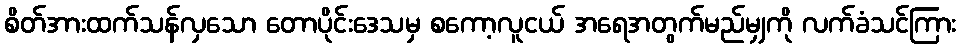
စိတ်အားထက်သန်လှသော တောပိုင်းဒေသမှ စကော့လူငယ် အရေအတွက်မည်မျှကို လက်ခံသင်ကြား